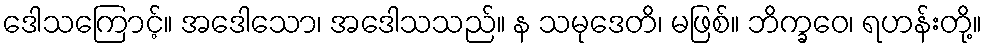
ဒေါသကြောင့်။ အဒေါသော၊ အဒေါသသည်။ န သမုဒေတိ၊ မဖြစ်။ ဘိက္ခဝေ၊ ရဟန်းတို့။